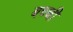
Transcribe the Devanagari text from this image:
बच्‍ची